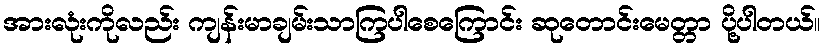
အားလုံးကိုလည်း ကျန်းမာချမ်းသာကြပါစေကြောင်း ဆုတောင်းမေတ္တာ ပို့ပါတယ်။